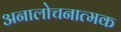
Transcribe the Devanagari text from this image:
अनालोचनात्मक